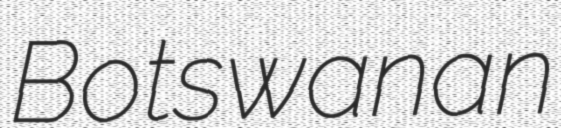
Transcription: Botswanan